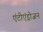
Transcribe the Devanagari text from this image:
एंटीएंड्रोजन